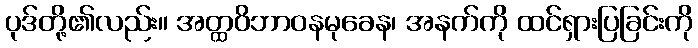
ပုဒ်တို့၏လည်း။ အတ္ထဝိဘာဝနမုခေန၊ အနက်ကို ထင်ရှားပြခြင်းကို